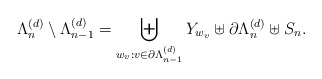
\begin{align*}\Lambda_n^{(d)}\setminus\Lambda_{n-1}^{(d)} = \biguplus_{w_v: v\in\partial\Lambda_{n-1}^{(d)}} Y_{w_v} \uplus \partial\Lambda_n^{(d)} \uplus S_n.\end{align*}